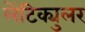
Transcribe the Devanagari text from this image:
लेंटिक्युलर